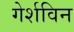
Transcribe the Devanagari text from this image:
गेर्शविन